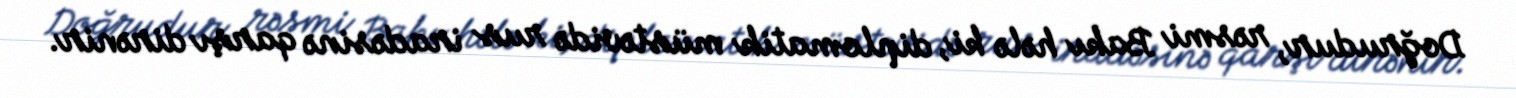
Doğrudur, rəsmi Bakı hələ ki, diplomatik müstəvidə rus iradəsinə qarşı dirənir.